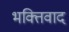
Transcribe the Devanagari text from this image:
भक्तिवाद